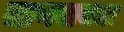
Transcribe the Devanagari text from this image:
जाणवायचा